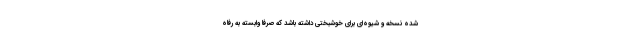
شده نسخه‌ و شیوه‌ای برای خوشبختی داشته باشد که صرفا وابسته به رفاه